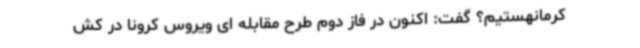
کرمانهستیم؟ گفت: اکنون در فاز دوم طرح مقابله ای ویروس کرونا در کش